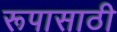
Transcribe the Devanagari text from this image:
रूपासाठी